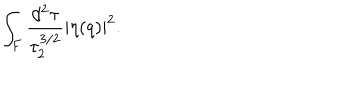
\int _ { F } \frac { d ^ { 2 } \tau } { \tau _ { 2 } ^ { 3 / 2 } } | \eta ( q ) | ^ { 2 } .